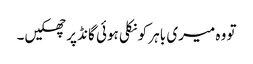
تو وہ میری باہر کو نکلی ہوئی گانڈ پر جھکیں۔